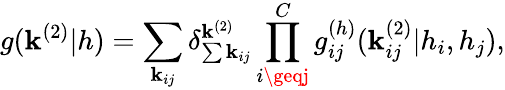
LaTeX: g(\mathbf{k}^{(2)}|h)=\sum_{\mathbf{k}_{ij}}\delta_{\sum{\mathbf{k}_{ij}}}^{\mathbf{k}^{(2)}}\prod_{i\geqj}^{C}g_{ij}^{(h)}(\mathbf{k}_{ij}^{(2)}|h_{i},h_{j}),